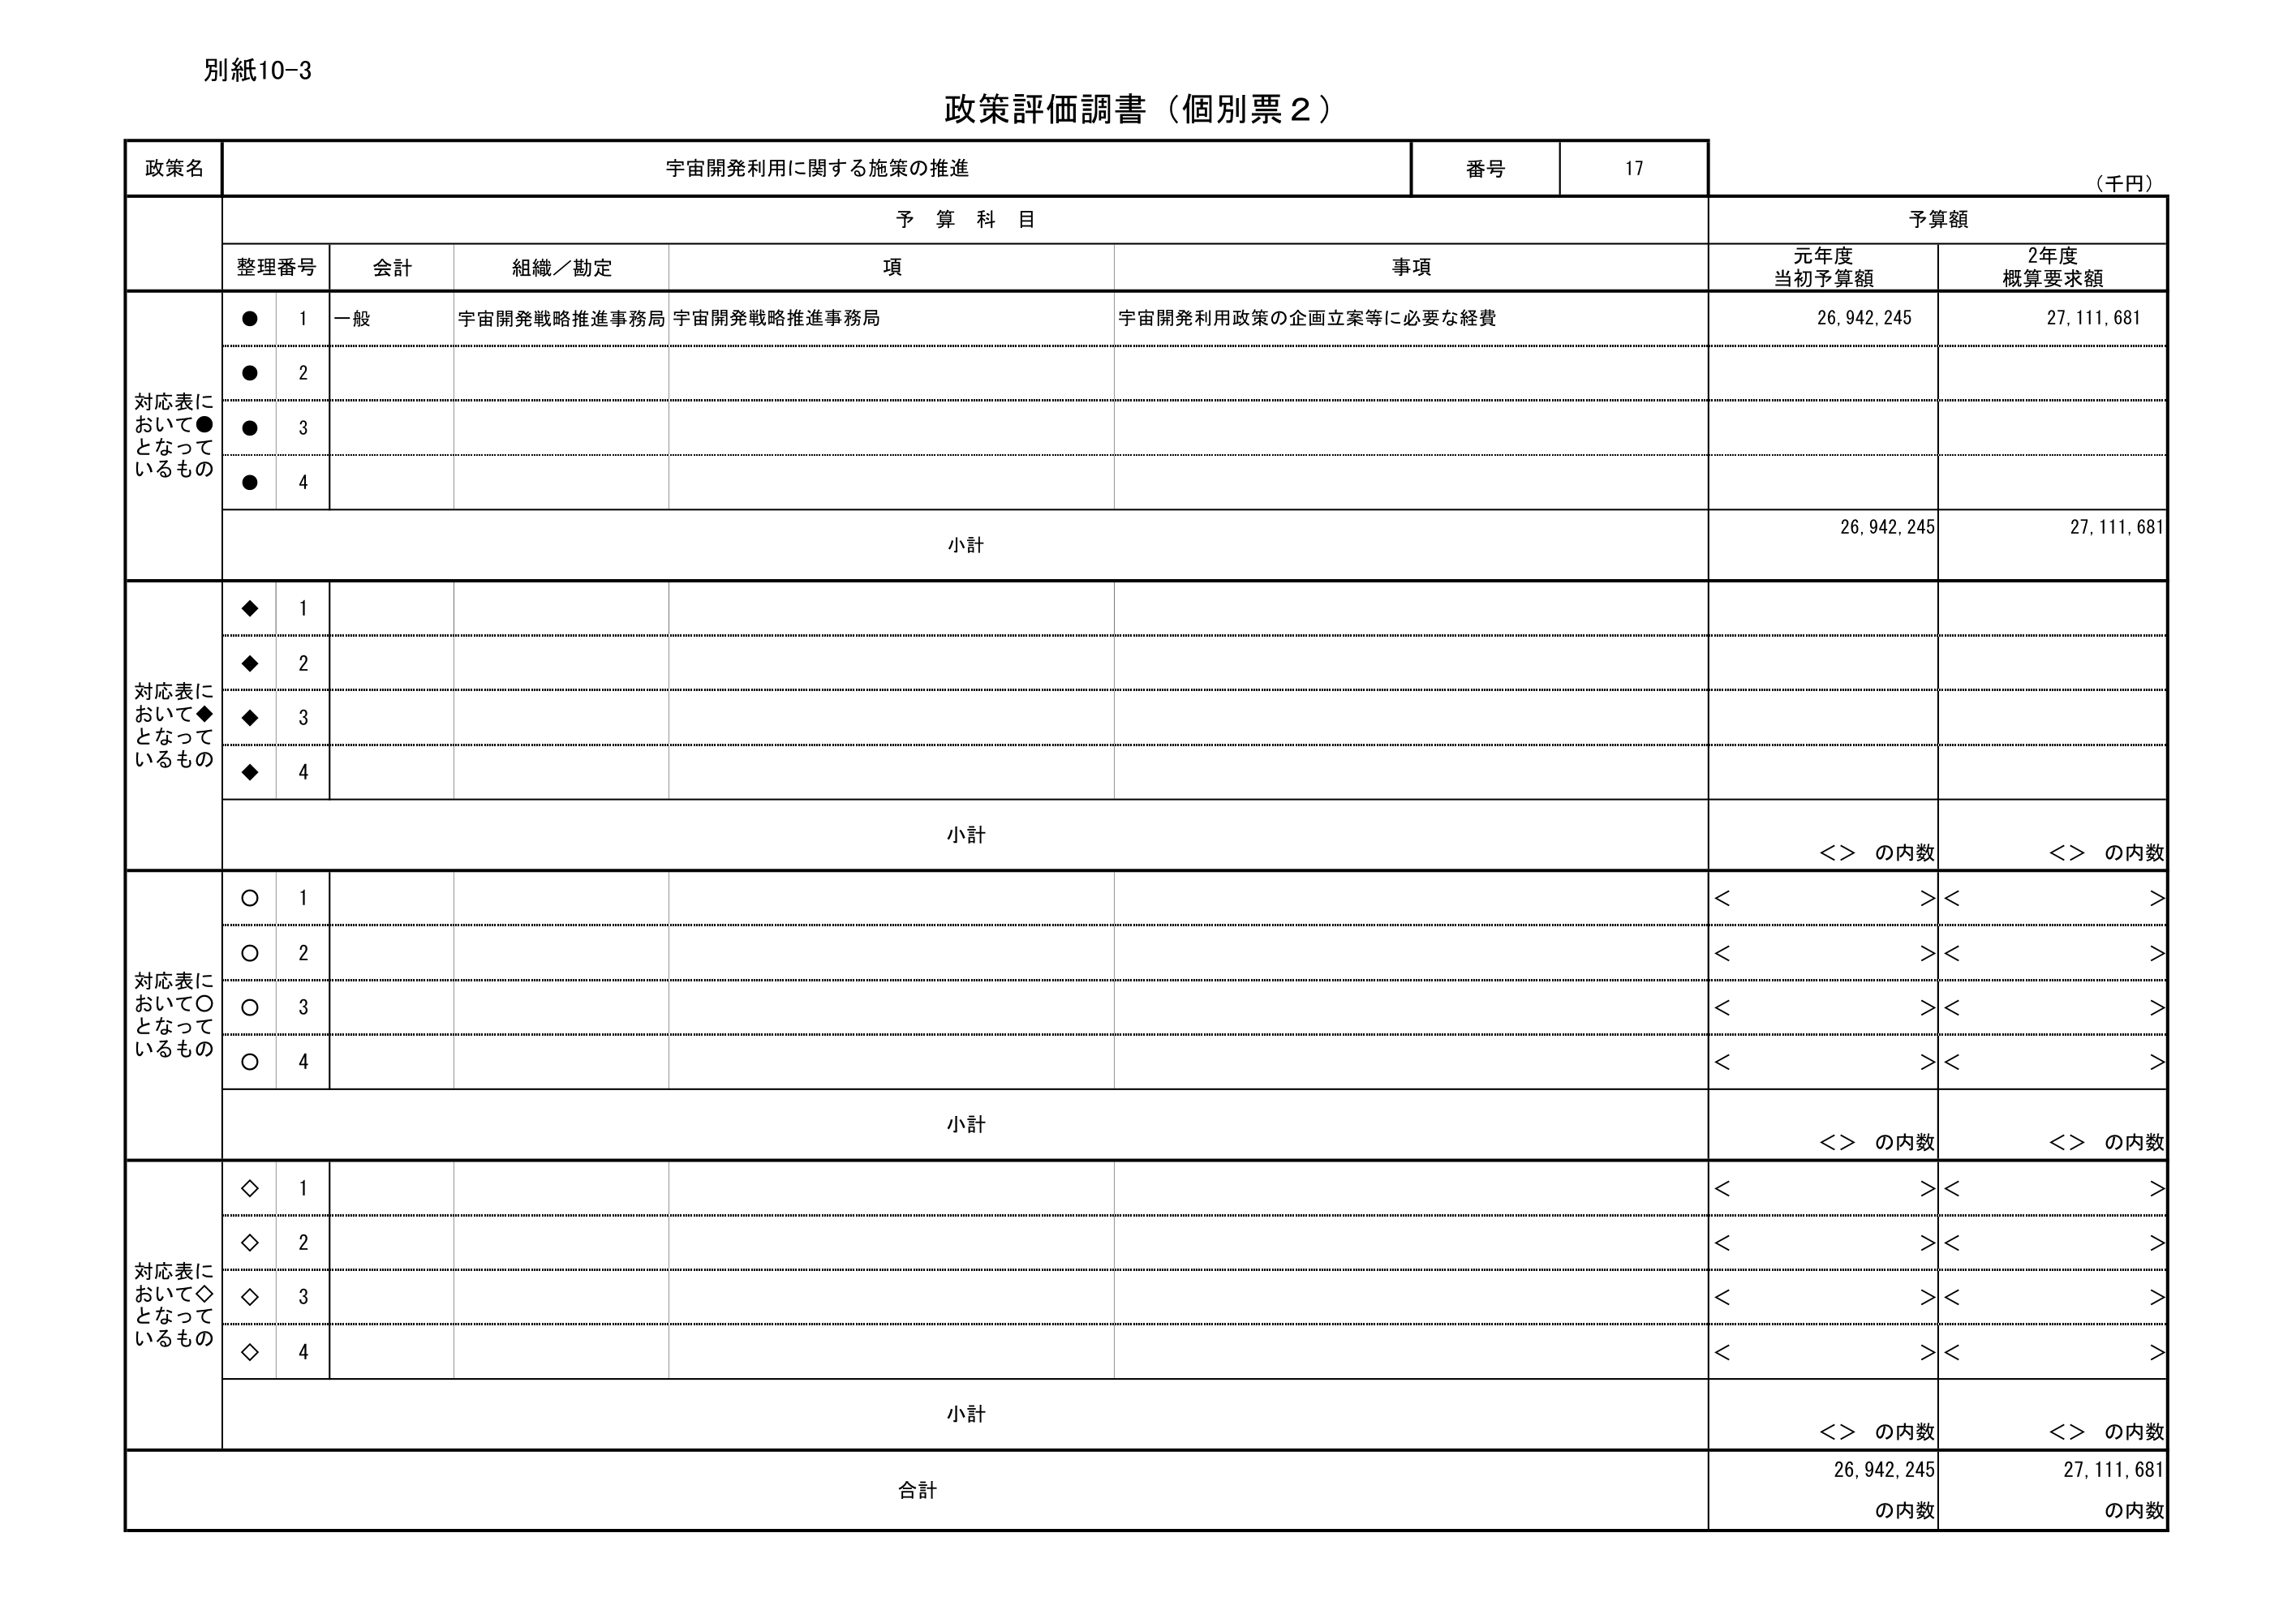
別紙10-3
政策評価調書（個別票２）

政策名　宇宙開発利用に関する施策の推進　番号　17　（千円）

予算科目
整理番号　会計　組織／勘定　項　事項　予算額